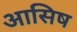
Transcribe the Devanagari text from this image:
आसिष